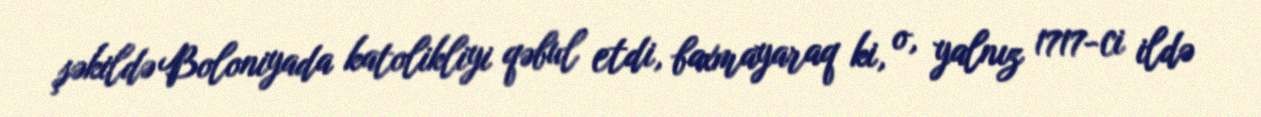
şəkildə Boloniyada katolikliyi qəbul etdi, baxmayaraq ki, o, yalnız 1717-ci ildə